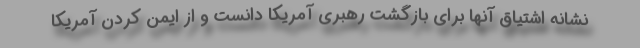
نشانه اشتیاق آنها برای بازگشت رهبری آمریکا دانست و از ایمن کردن آمریکا